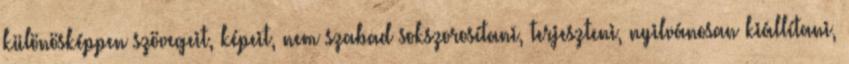
különösképpen szövegeit, képeit, nem szabad sokszorosítani, terjeszteni, nyilvánosan kiállítani,